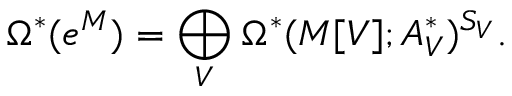
\Omega ^ { * } ( e ^ { M } ) = \bigoplus _ { V } \Omega ^ { * } ( M [ V ] ; A _ { V } ^ { * } ) ^ { S _ { V } } .